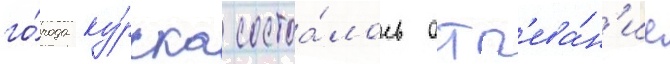
го́рода ку́рска состоа́лось отп'ева́н'ие